Liigvalla_vallavalitsus, lk 51
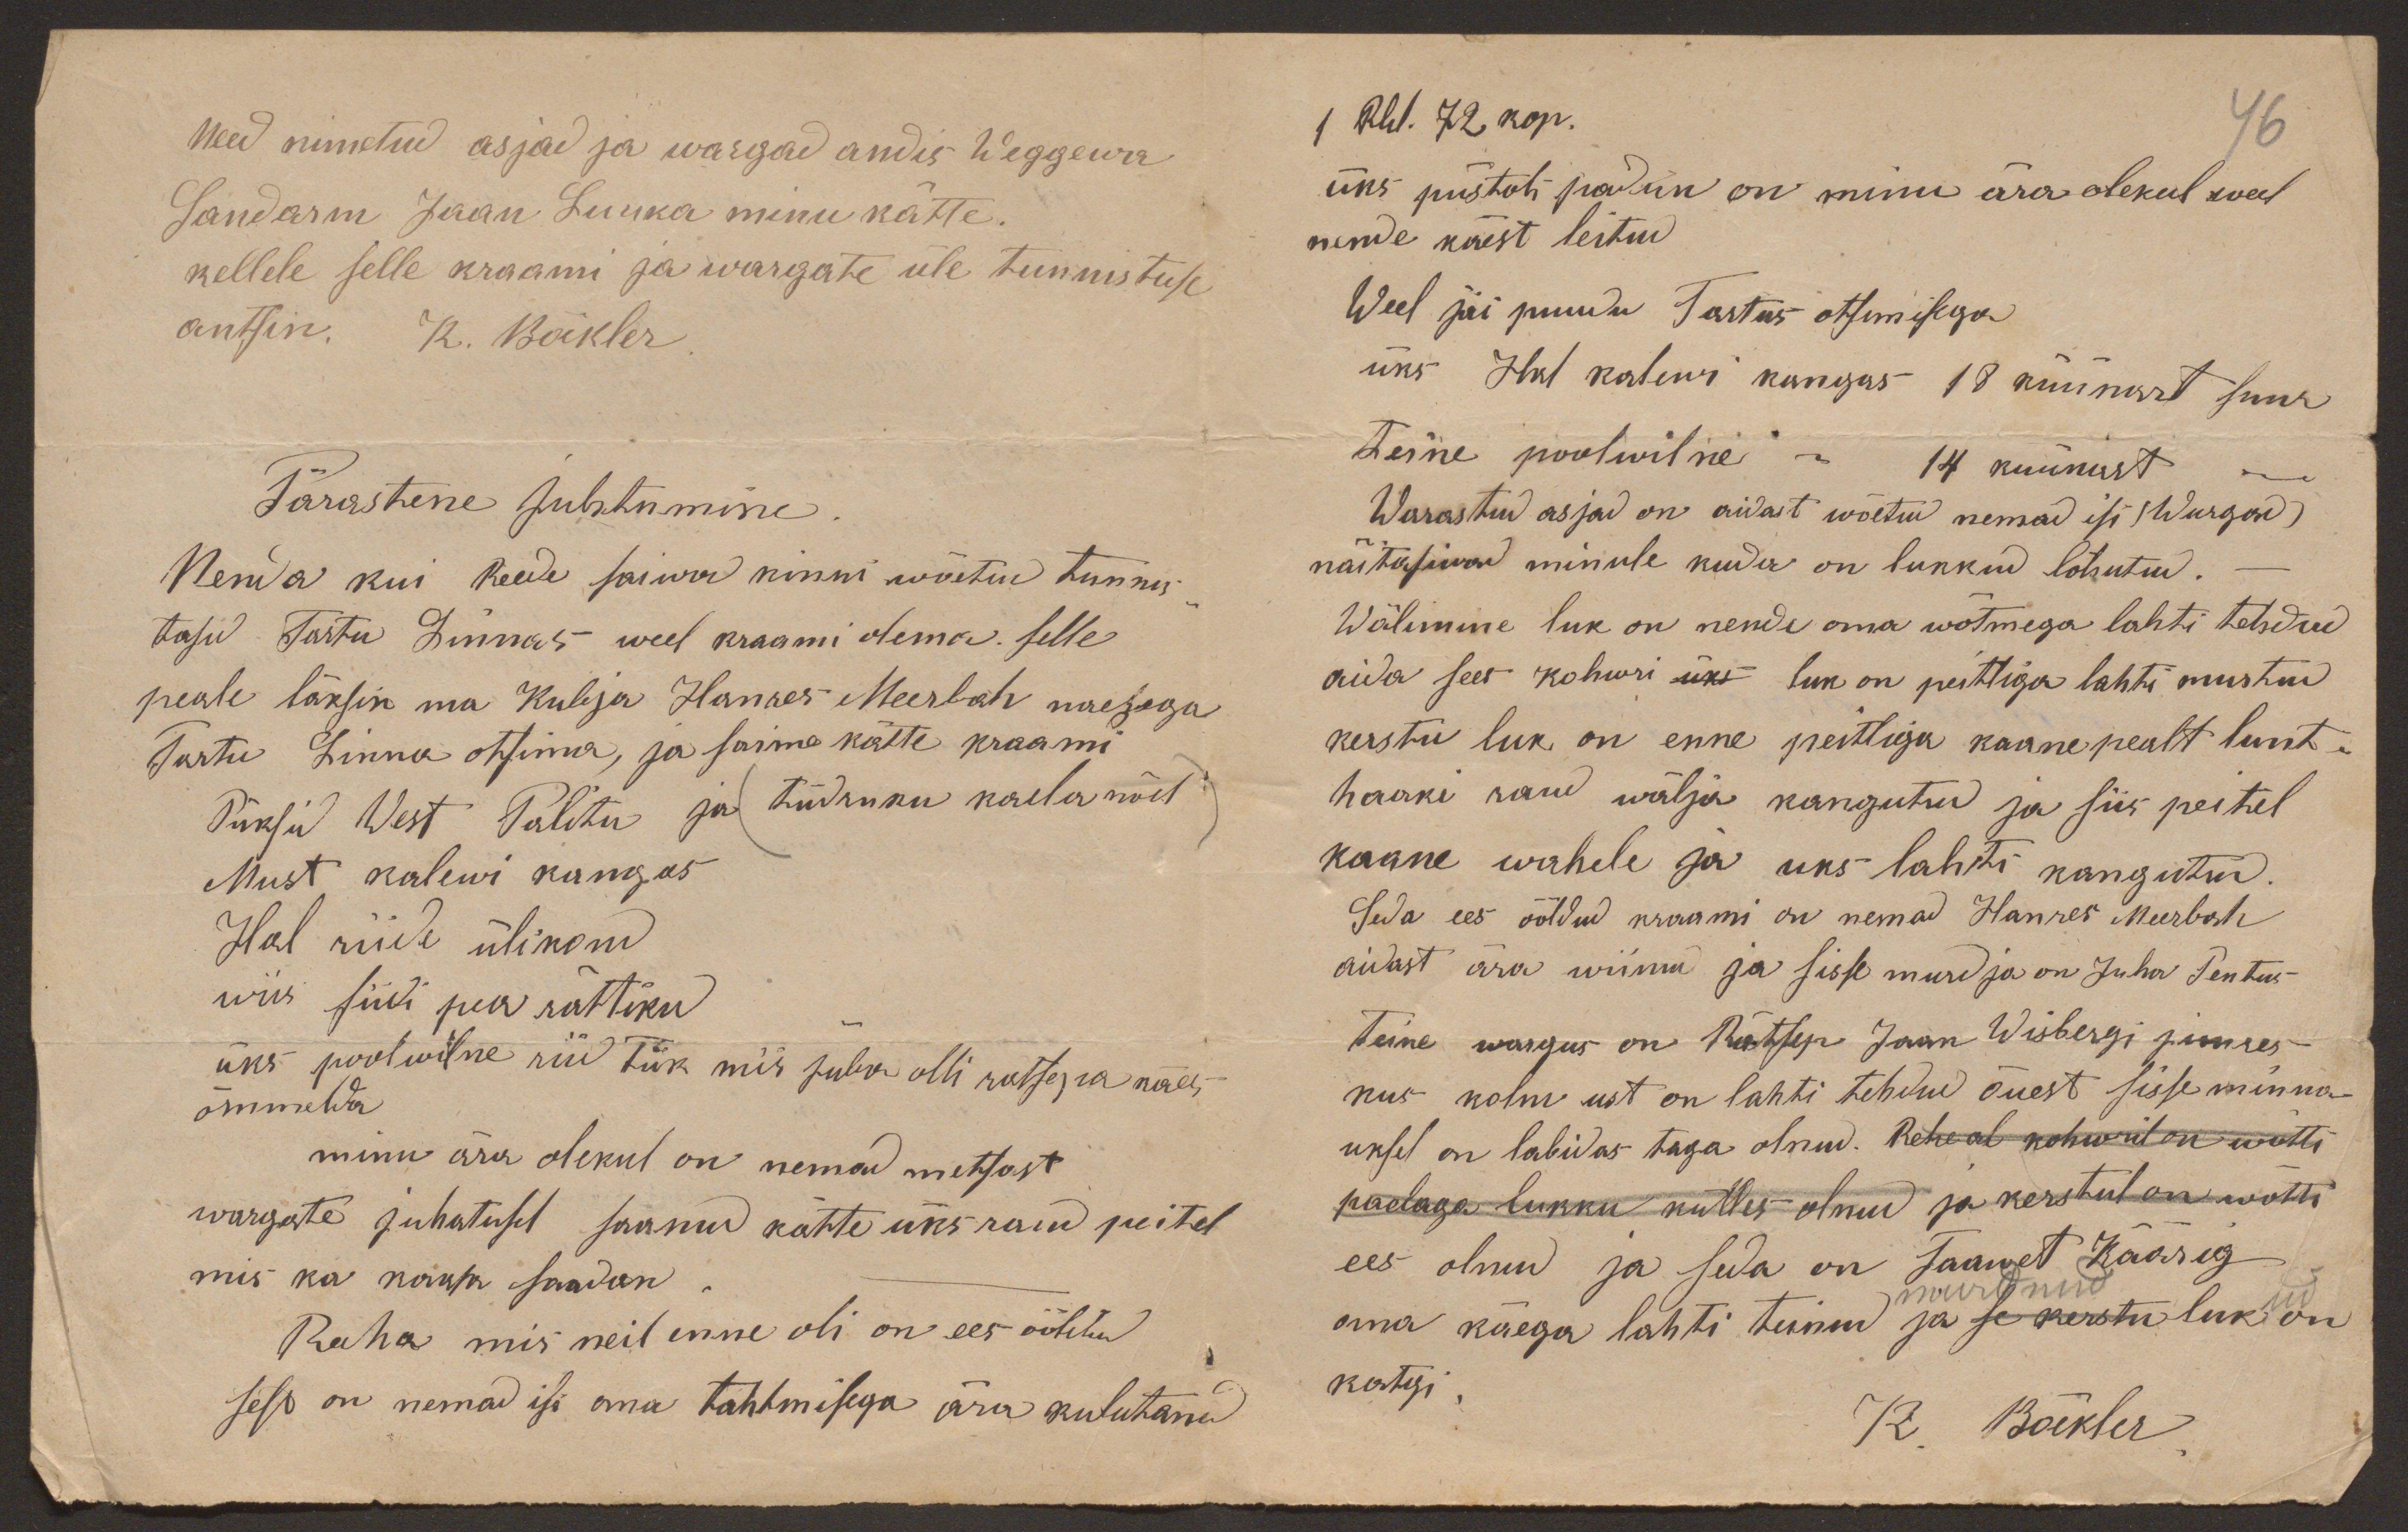
Need nimetud asjad ja wargad andis Weggewa
Sandarm Jaan Luuka minu kätte.
kellele selle kraami ja wargate üle tunnistuse
antsin. K. Bäkler
Pärastene Juhtumine.
Nenda kui Reede saiwad kinni wõetud tunnis-
tasid Tartu Linnas weel kraami olema. selle
peale läksin ma Kubja Hanres Meerbah naesega
Tartu Linna otsima, ja saime kätte kraami
Püksid West Palitu ja (tüdruku kaela nõel)
Must kalewi kangas
Hal riide ülikond
wiis siidi pea rättiku
üks poolwilne riid tük mis juba olli ratsepa käes
õmmelda
minu ära olekul on nemad metsast
wargate juhatusel saanud kätte üks raud peitel
mis ka kaasa saadan.
Raha mis neil enne oli on ees ööldud
sest on nemad isi oma tahtmisega ära kulutanud

1 Rbl. 72 kop.
46
üks püstoli padun on minu ära olekul weel
nende käest leitud
Weel jäi puudu Tartus otsimisega
üks 1 Hal kalewi kangas 18 küünart suur
teine poolwilne -"- 14 küünart -"-
Warastud asjad on aidast wõetud nemad isi (Wargad)
näitasiwad minule kuda on lukkud lõhutud.
Wälimine luk on nende oma wõtmega lahti tehdud
aida sees kohwri üks luk on peitliga lahti murtud
kerstu luk on enne peitliga kaane pealt lunt-
haaki raud wälja kangutud ja siis peitel
kaane wahele ja uks lahti kangutud.
Seda ees ööldud kraami on nemad Hanres Meerbah
aidast ära wiinu ja sisse murdja on Juha Pentus
teine wargus on Rätsep Jaan Wisbergi juures
kus kolm ust on lahti tehdud õuest sisse minna
uksel on labidas taga olnud. Rehe al kohwril on wõtti
paelaga lukku külles olnud ja kerstul on wõtti
ees olnud ja seda on Taawet Käärig
murdnud
ud
oma käega lahti teinud ja se kerstu luk on
katgi.
K. Bäkler.